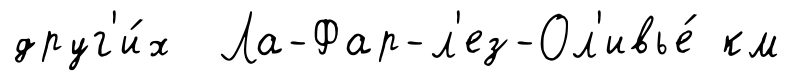
друг'и́х Ла-Фар-л'ез-Ол'ивье́ км